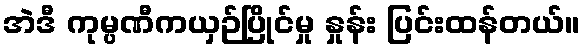
အဲဒီ ကုမ္ပဏီကယှဉ်ပြိုင်မှု နှုန်း ပြင်းထန်တယ်။